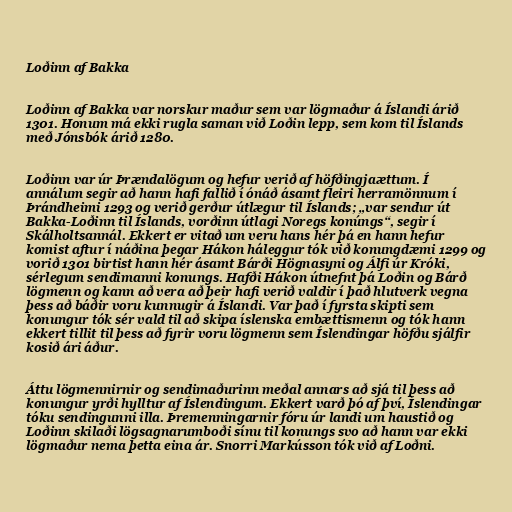
Loðinn af Bakka

Loðinn af Bakka var norskur maður sem var lögmaður á Íslandi árið
1301. Honum má ekki rugla saman við Loðin lepp, sem kom til Íslands
með Jónsbók árið 1280.

Loðinn var úr Þrændalögum og hefur verið af höfðingjaættum. Í
annálum segir að hann hafi fallið í ónáð ásamt fleiri herramönnum í
Þrándheimi 1293 og verið gerður útlægur til Íslands; „var sendur út
Bakka-Loðinn til Íslands, vorðinn útlagi Noregs konúngs“, segir í
Skálholtsannál. Ekkert er vitað um veru hans hér þá en hann hefur
komist aftur í náðina þegar Hákon háleggur tók við konungdæmi 1299 og
vorið 1301 birtist hann hér ásamt Bárði Högnasyni og Álfi úr Króki,
sérlegum sendimanni konungs. Hafði Hákon útnefnt þá Loðin og Bárð
lögmenn og kann að vera að þeir hafi verið valdir í það hlutverk vegna
þess að báðir voru kunnugir á Íslandi. Var það í fyrsta skipti sem
konungur tók sér vald til að skipa íslenska embættismenn og tók hann
ekkert tillit til þess að fyrir voru lögmenn sem Íslendingar höfðu sjálfir
kosið ári áður.

Áttu lögmennirnir og sendimaðurinn meðal annars að sjá til þess að
konungur yrði hylltur af Íslendingum. Ekkert varð þó af því, Íslendingar
tóku sendingunni illa. Þremenningarnir fóru úr landi um haustið og
Loðinn skilaði lögsagnarumboði sínu til konungs svo að hann var ekki
lögmaður nema þetta eina ár. Snorri Markússon tók við af Loðni.